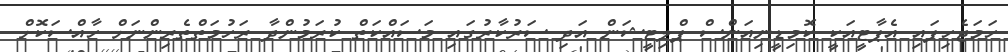
ހަމަޖެހިފައި އެޕާޓީއަކީ ކޮމިޑީނިއަންސް ޕްލިޓީޝަން އަދި ސަރުކާރުގައި މަސައްކަތް ކުރަމުންދާ ރަހުމަތްތެރިންނަށް ހާއްސަކޮށް